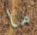
ما